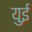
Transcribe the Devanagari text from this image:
युई